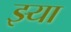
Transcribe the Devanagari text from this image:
झ्या